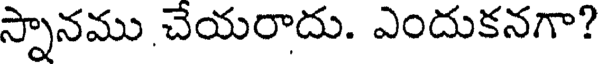
స్నానము చేయరాదు. ఎందుకనగా?